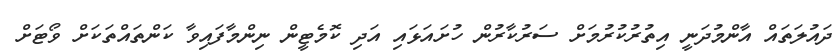
ދައުލަތައް އާންމުދަނީ އިތުރުކުރުމަށް ސަރުކާރުން ހުށައަޅައި އަދި ކޮމެޓީން ނިންމާފައިވާ ކަންތައްތަކަށް ވޯޓަށް